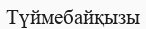
Түймебайқызы